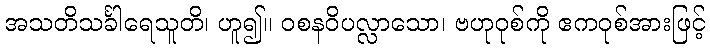
အသတိသင်္ခါရေသူတိ၊ ဟူ၍။ ဝစနဝိပလ္လာသော၊ ဗဟုဝုစ်ကို ဧကဝုစ်အားဖြင့်